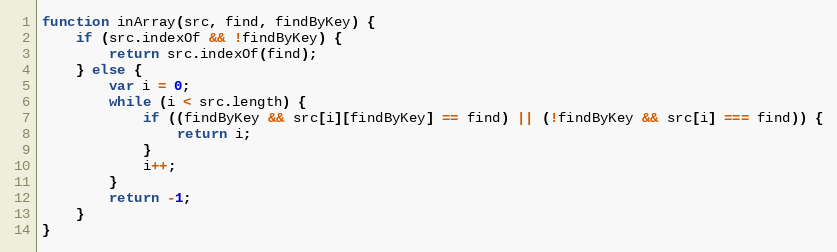
Language: JavaScript
function inArray(src, find, findByKey) {
    if (src.indexOf && !findByKey) {
        return src.indexOf(find);
    } else {
        var i = 0;
        while (i < src.length) {
            if ((findByKey && src[i][findByKey] == find) || (!findByKey && src[i] === find)) {
                return i;
            }
            i++;
        }
        return -1;
    }
}